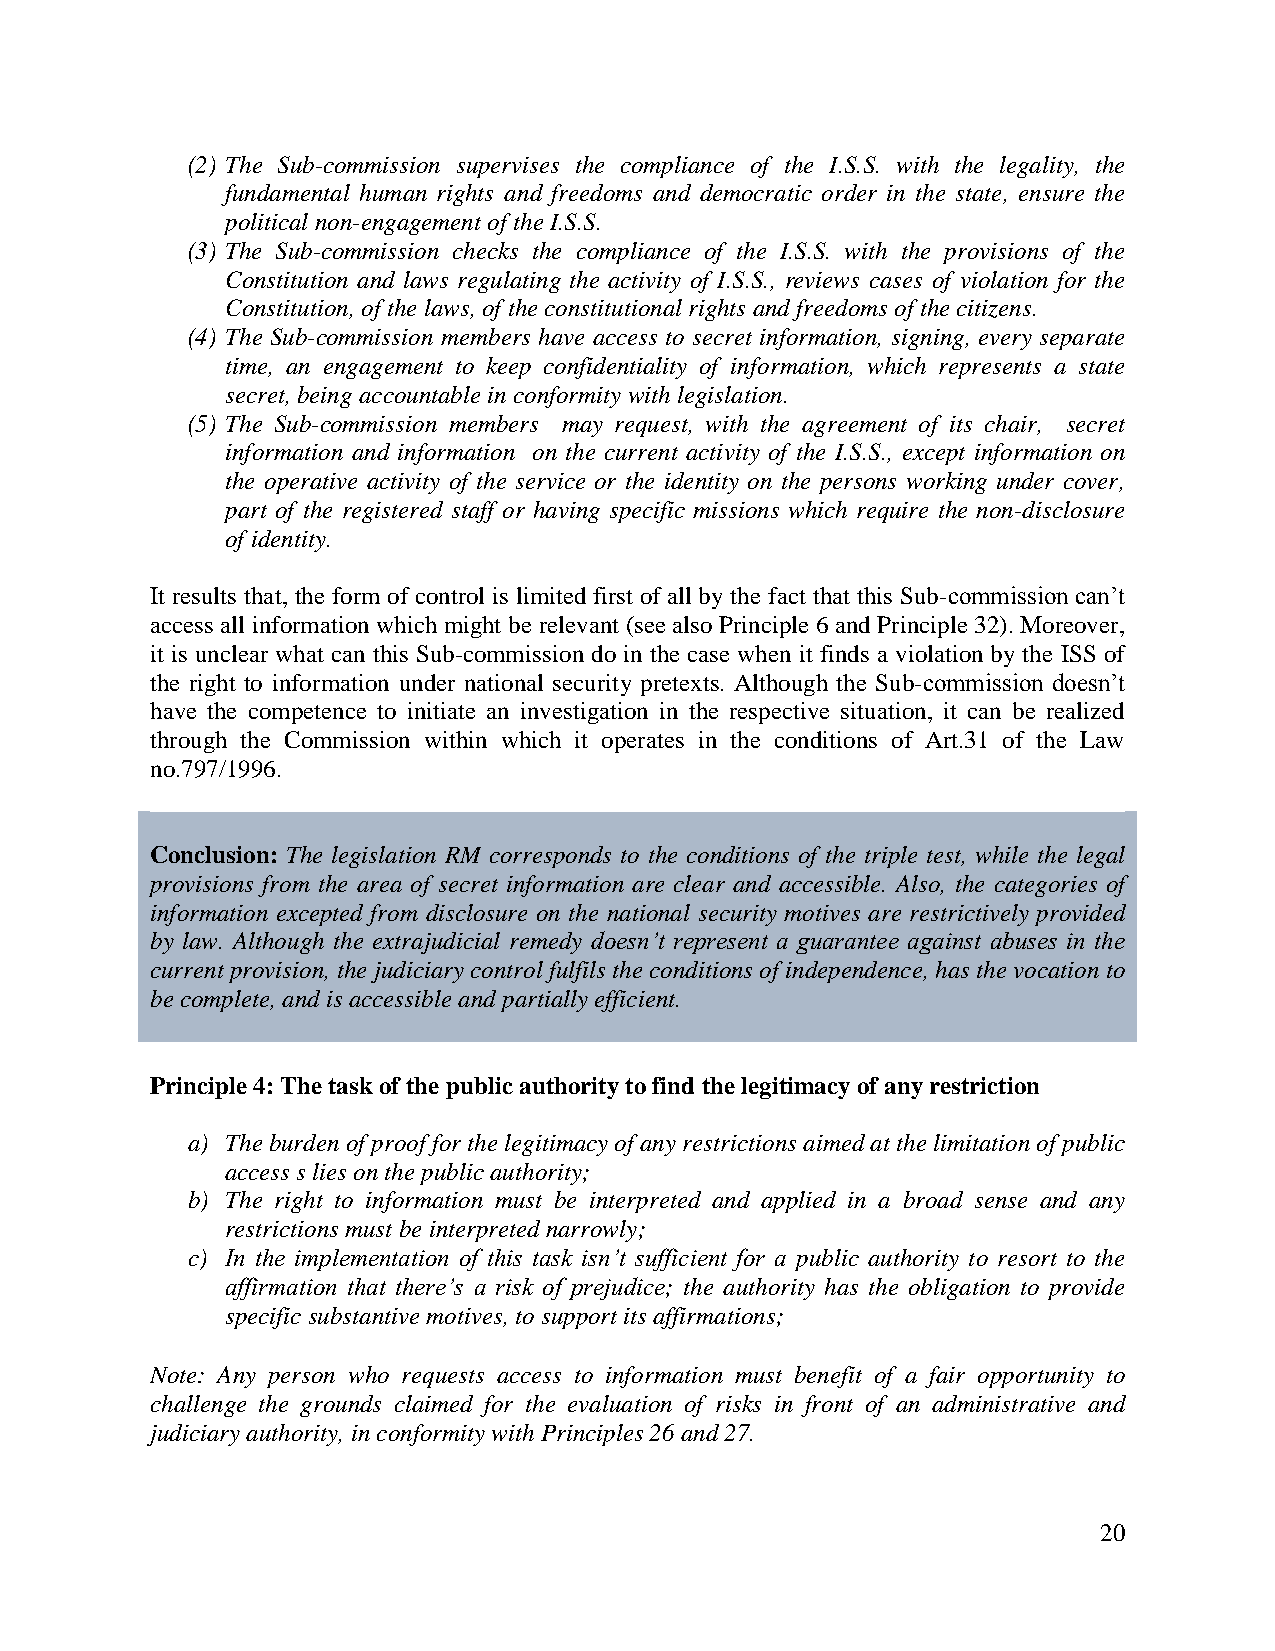
(2) The Sub-commission supervises the compliance of the I.S.S. with the legality, the
 fundamental human rights and freedoms and democratic order in the state, ensure the
 political non-engagement of the I.S.S.
 (3) The Sub-commission checks the compliance of the I.S.S. with the provisions of the
 Constitution and laws regulating the activity of I.S.S., reviews cases of violation for the
 Constitution, of the laws, of the constitutional rights and freedoms of the citizens.
 (4) The Sub-commission members have access to secret information, signing, every separate
 time, an engagement to keep confidentiality of information, which represents a state
 secret, being accountable in conformity with legislation.
 (5) The Sub-commission members may request, with the agreement of its chair, secret
 information and information on the current activity of the I.S.S., except information on
 the operative activity of the service or the identity on the persons working under cover,
 part of the registered staff or having specific missions which require the non-disclosure
 of identity.
 It results that, the form of control is limited first of all by the fact that this Sub-commission can’t
 access all information which might be relevant (see also Principle 6 and Principle 32). Moreover,
 it is unclear what can this Sub-commission do in the case when it finds a violation by the ISS of
 the right to information under national security pretexts. Although the Sub-commission doesn’t
 have the competence to initiate an investigation in the respective situation, it can be realized
 through the Commission within which it operates in the conditions of Art.31 of the Law
 no.797/1996.
 Conclusion: The legislation RM corresponds to the conditions of the triple test, while the legal
 provisions from the area of secret information are clear and accessible. Also, the categories of
 information excepted from disclosure on the national security motives are restrictively provided
 by law. Although the extrajudicial remedy doesn’t represent a guarantee against abuses in the
 current provision, the judiciary control fulfils the conditions of independence, has the vocation to
 be complete, and is accessible and partially efficient.
 Principle 4: The task of the public authority to find the legitimacy of any restriction
 a) The burden of proof for the legitimacy of any restrictions aimed at the limitation of public
 access s lies on the public authority;
 b) The right to information must be interpreted and applied in a broad sense and any
 restrictions must be interpreted narrowly;
 c) In the implementation of this task isn’t sufficient for a public authority to resort to the
 affirmation that there’s a risk of prejudice; the authority has the obligation to provide
 specific substantive motives, to support its affirmations;
 Note: Any person who requests access to information must benefit of a fair opportunity to
 challenge the grounds claimed for the evaluation of risks in front of an administrative and
 judiciary authority, in conformity with Principles 26 and 27.
 20